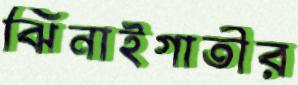
ঝিনাইগাতীর